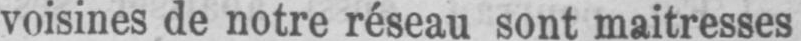
voisines de notre réseau sont maitresses